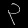
Digit: ၃